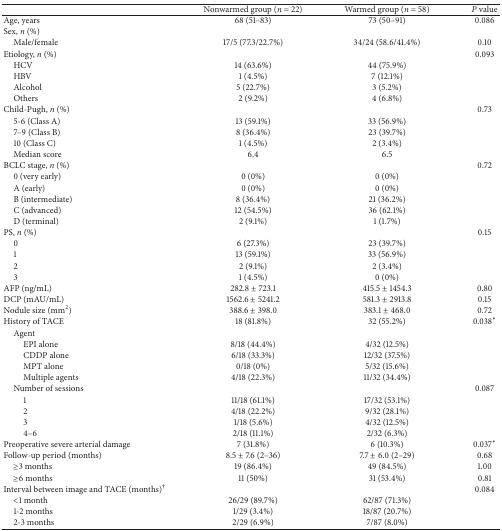
<table><thead><tr><td><b> </b></td><td><b>Nonwarmed group (<i>n</i> = 22)</b></td><td><b>Warmed group (<i>n</i> = 58)</b></td><td><b><i>P</i> value</b></td></tr></thead><tbody><tr><td>Age, years</td><td>68 (51–83)</td><td>73 (50–91)</td><td>0.086</td></tr><tr><td>Sex, <i>n</i> (%)</td><td> </td><td> </td><td> </td></tr><tr><td>Male/female</td><td>17/5 (77.3/22.7%)</td><td>34/24 (58.6/41.4%)</td><td>0.10</td></tr><tr><td>Etiology, <i>n</i> (%)</td><td> </td><td> </td><td>0.093</td></tr><tr><td>HCV</td><td>14 (63.6%)</td><td>44 (75.9%)</td><td> </td></tr><tr><td>HBV</td><td>1 (4.5%)</td><td>7 (12.1%)</td><td> </td></tr><tr><td>Alcohol</td><td>5 (22.7%)</td><td>3 (5.2%)</td><td> </td></tr><tr><td>Others</td><td>2 (9.2%)</td><td>4 (6.8%)</td><td> </td></tr><tr><td>Child-Pugh, <i>n</i> (%) </td><td> </td><td> </td><td>0.73</td></tr><tr><td>5-6 (Class A)</td><td>13 (59.1%)</td><td>33 (56.9%)</td><td> </td></tr><tr><td>7–9 (Class B)</td><td>8 (36.4%)</td><td>23 (39.7%)</td><td> </td></tr><tr><td>10 (Class C)</td><td>1 (4.5%)</td><td>2 (3.4%)</td><td> </td></tr><tr><td> Median score</td><td>6.4</td><td>6.5</td><td> </td></tr><tr><td>BCLC stage, <i>n</i> (%)</td><td> </td><td> </td><td>0.72</td></tr><tr><td> 0 (very early)</td><td>0 (0%) </td><td>0 (0%)</td><td> </td></tr><tr><td> A (early)</td><td>0 (0%) </td><td>0 (0%) </td><td> </td></tr><tr><td> B (intermediate)</td><td>8 (36.4%) </td><td>21 (36.2%) </td><td> </td></tr><tr><td> C (advanced)</td><td>12 (54.5%) </td><td>36 (62.1%) </td><td> </td></tr><tr><td> D (terminal)</td><td>2 (9.1%) </td><td>1 (1.7%)</td><td> </td></tr><tr><td>PS, <i>n</i> (%)</td><td> </td><td> </td><td>0.15</td></tr><tr><td> 0</td><td>6 (27.3%) </td><td>23 (39.7%) </td><td> </td></tr><tr><td> 1</td><td>13 (59.1%) </td><td>33 (56.9%) </td><td> </td></tr><tr><td> 2</td><td>2 (9.1%) </td><td>2 (3.4%) </td><td> </td></tr><tr><td> 3</td><td>1 (4.5%)</td><td>0 (0%)</td><td> </td></tr><tr><td>AFP (ng/mL)</td><td>282.8 ± 723.1 </td><td>415.5 ± 1454.3 </td><td>0.80</td></tr><tr><td>DCP (mAU/mL)</td><td>1562.6 ± 5241.2</td><td>581.3 ± 2913.8</td><td>0.15</td></tr><tr><td>Nodule size (mm<sup>2</sup>) </td><td>388.6 ± 398.0</td><td>383.1 ± 468.0</td><td>0.72</td></tr><tr><td>History of TACE</td><td>18 (81.8%)</td><td>32 (55.2%)</td><td>0.038∗</td></tr><tr><td> Agent</td><td> </td><td> </td><td> </td></tr><tr><td>EPI alone</td><td>8/18 (44.4%)</td><td>4/32 (12.5%)</td><td> </td></tr><tr><td>CDDP alone</td><td>6/18 (33.3%)</td><td>12/32 (37.5%)</td><td> </td></tr><tr><td>MPT alone</td><td>0/18 (0%)</td><td>5/32 (15.6%)</td><td> </td></tr><tr><td>Multiple agents </td><td>4/18 (22.3%)</td><td>11/32 (34.4%)</td><td> </td></tr><tr><td> Number of sessions</td><td> </td><td> </td><td>0.087</td></tr><tr><td>1</td><td>11/18 (61.1%) </td><td>17/32 (53.1%)</td><td> </td></tr><tr><td>2</td><td>4/18 (22.2%)</td><td>9/32 (28.1%)</td><td> </td></tr><tr><td>3</td><td>1/18 (5.6%)</td><td>4/32 (12.5%)</td><td> </td></tr><tr><td>4–6</td><td>2/18 (11.1%)</td><td>2/32 (6.3%)</td><td> </td></tr><tr><td>Preoperative severe arterial damage</td><td>7 (31.8%)</td><td>6 (10.3%)</td><td>0.037∗</td></tr><tr><td>Follow-up period (months) </td><td>8.5 ± 7.6 (2–36)</td><td>7.7 ± 6.0 (2–29)</td><td>0.68</td></tr><tr><td> ≥3 months</td><td>19 (86.4%)</td><td>49 (84.5%)</td><td>1.00</td></tr><tr><td> ≥6 months</td><td>11 (50%)</td><td>31 (53.4%)</td><td>0.81</td></tr><tr><td>Interval between image and TACE (months)<sup>†</sup></td><td> </td><td> </td><td>0.084</td></tr><tr><td> &lt;1 month</td><td>26/29 (89.7%)</td><td>62/87 (71.3%)</td><td> </td></tr><tr><td> 1-2 months</td><td>1/29 (3.4%)</td><td>18/87 (20.7%)</td><td> </td></tr><tr><td> 2-3 months</td><td>2/29 (6.9%)</td><td>7/87 (8.0%)</td><td> </td></tr></tbody></table>